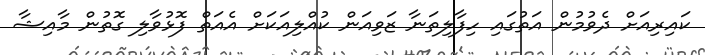
ކައިރިއަށް ދެވުމުން އަތުގައި ހިފާލިތަނާ ޒަވިއަން ކުއްލިއަކަށް އެއަތް ފޮޅުވާލި ގޮތުން މާއިޝާ